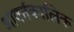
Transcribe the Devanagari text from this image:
आवर्तकालिक